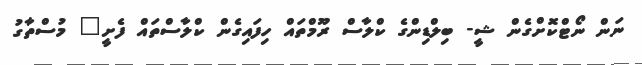
ނަން ނޯޓްކޮށްގެން ޝީ- ބިލްޑިންގެ ކްލާސް ރޫމްތައް ހިފައިގެން ކްލާސްތައް ފެށީ" މުސްތާގު